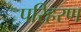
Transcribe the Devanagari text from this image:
परिहरण